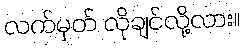
လက်မှတ် လိုချင်လို့လား။